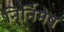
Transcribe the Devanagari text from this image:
निर्निमेष